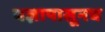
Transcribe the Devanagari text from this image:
यज्ञापासूनच